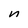
Character: n